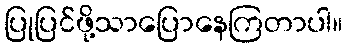
ပြုပြင်ဖို့သာပြောနေကြတာပါ။